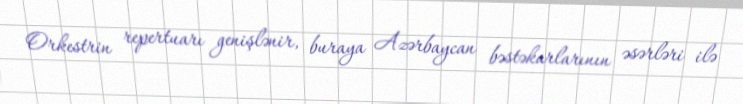
Orkestrin repertuarı genişlənir, buraya Azərbaycan bəstəkarlarının əsərləri ilə